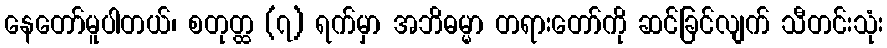
နေတော်မူပါတယ်၊ စတုတ္ထ (၇) ရက်မှာ အဘိဓမ္မာ တရားတော်ကို ဆင်ခြင်လျက် သီတင်းသုံး